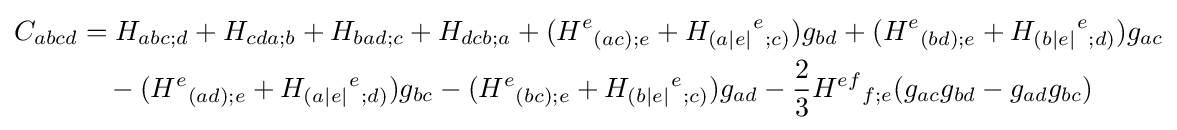
{\begin{aligned}C_{abcd}&=H_{abc;d}+H_{cda;b}+H_{bad;c}+H_{dcb;a}+(H^{e}{}_{(ac);e}+H_{(a|e|}{}^{e}{}_{;c)})g_{bd}+(H^{e}{}_{(bd);e}+H_{(b|e|}{}^{e}{}_{;d)})g_{ac}\\&\quad -(H^{e}{}_{(ad);e}+H_{(a|e|}{}^{e}{}_{;d)})g_{bc}-(H^{e}{}_{(bc);e}+H_{(b|e|}{}^{e}{}_{;c)})g_{ad}-{\frac {2}{3}}H^{ef}{}_{f;e}(g_{ac}g_{bd}-g_{ad}g_{bc})\end{aligned}}